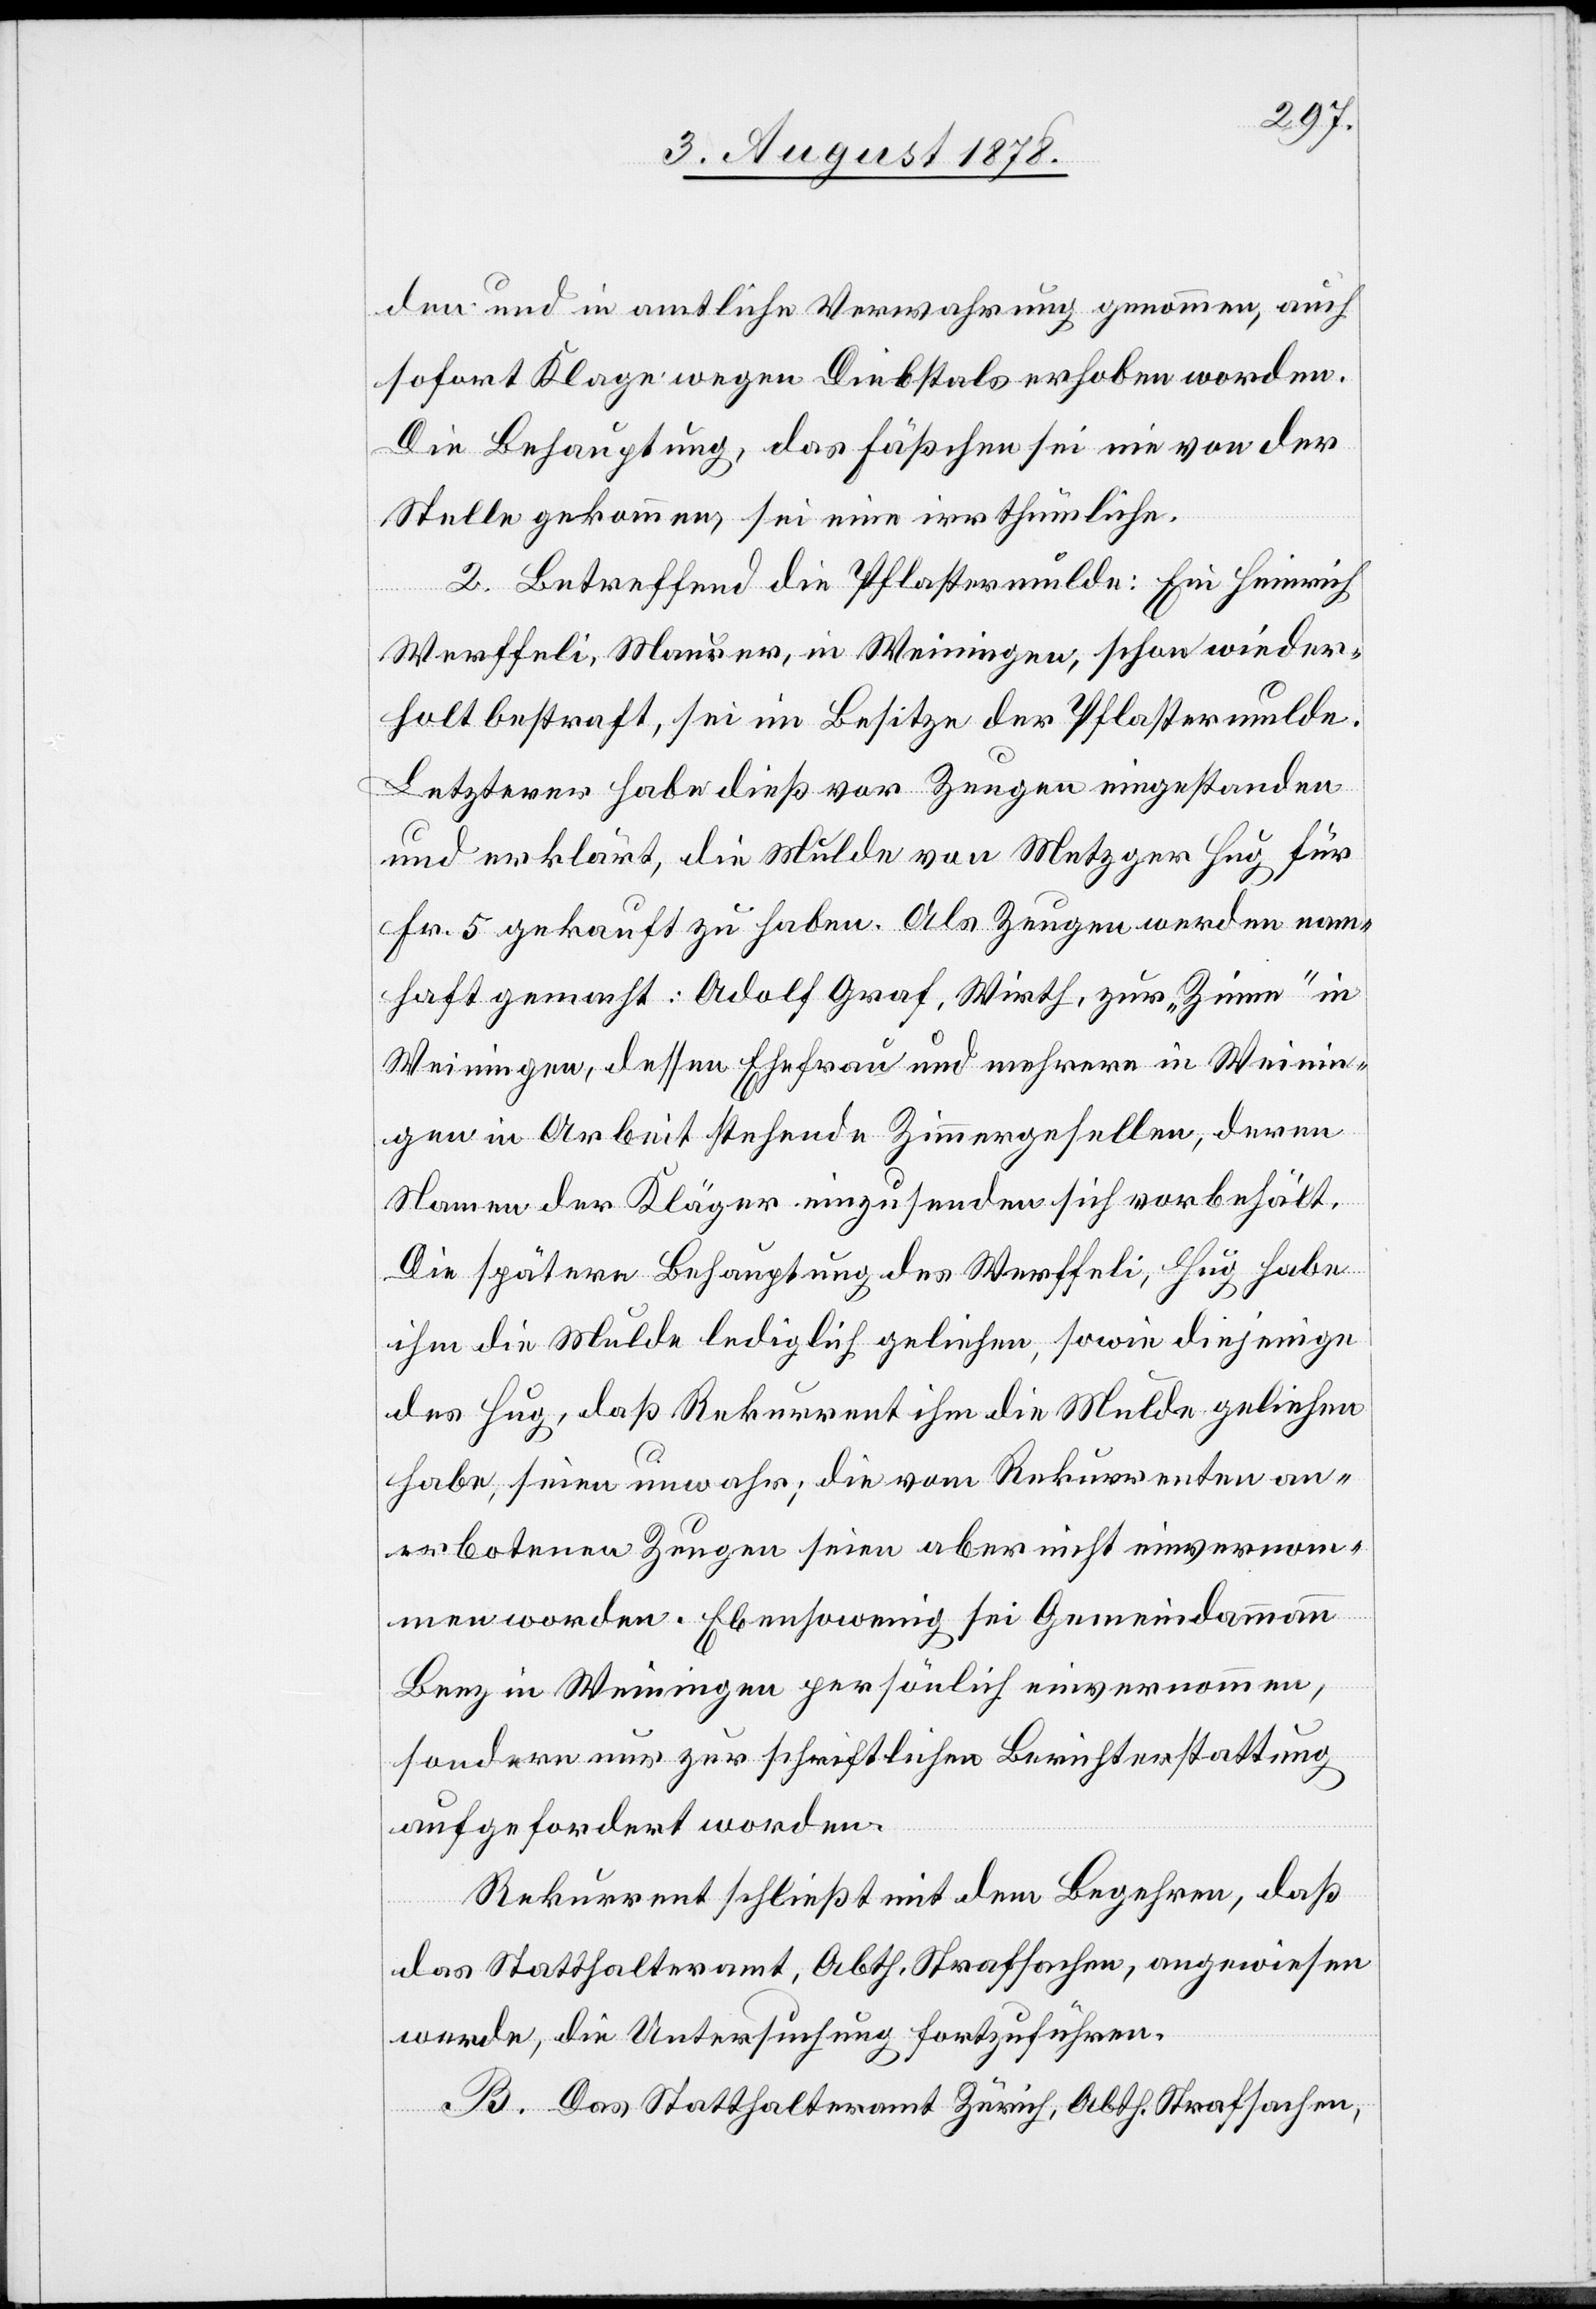
den und in amtliche Verwahrung genommen, auch
sofort Klage wegen Diebstals erhoben worden.
Die Behauptung, das Fässchen sei nie von der
Stelle gekommen, sei eine irrthümliche.
2. Betreffend die Pflastermulde: Ein Heinrich
Werffeli, Maurer, in Weiningen, schon wieder¬
holt bestraft, sei im Besitze der Pflastermulde.
Letzterer habe dieß vor Zeugen eingestanden
und erklärt, die Mulde von Metzger Hug für
Fr. 5 gekauft zu haben. Als Zeugen werden nam¬
haft gemacht: Adolf Graf, Wirth, zur „Zinne“ in
Weiningen, dessen Ehefrau und mehrere in Weinin¬
gen in Arbeit stehende Zimmergesellen, deren
Namen der Kläger einzusenden sich vorbehält.
Die spätere Behauptung des Werffeli, Hug habe
ihm die Mulde lediglich geliehen, sowie diejenige
des Hug, daß Rekurrent ihm die Mulde geliehen
habe, seien unwahr; die vom Rekurrenten an¬
erbotenen Zeugen seien aber nicht einvernom¬
men worden. Ebensowenig sei Gemeindammann
Benz in Weiningen persönlich einvernommen,
sondern nur zur schriftlichen Berichterstattung
aufgefordert worden.
Rekurrent schließt mit dem Begehren, daß
das Statthalteramt, Abth. Strafsachen, angewiesen
werde, die Untersuchung fortzuführen.
B. Das Statthalteramt Zürich, Abth. Strafsachen,